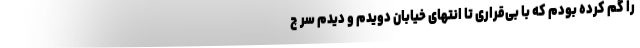
را گم کرده بودم که با بی‌قراری تا انتهای خیابان دویدم و دیدم سر چ